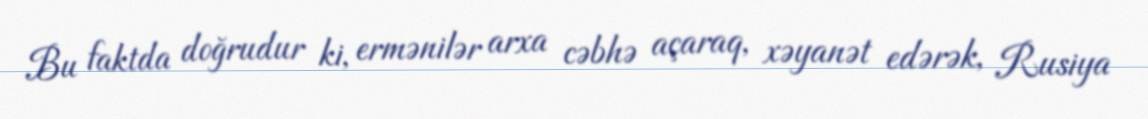
Bu faktda doğrudur ki, ermənilər arxa cəbhə açaraq, xəyanət edərək, Rusiya